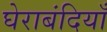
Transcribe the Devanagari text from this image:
घेराबंदियाँ